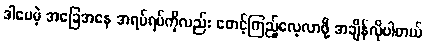
ဒါပေမဲ့ အခြေအနေ အရပ်ရပ်ကိုလည်း စောင့်ကြည့်လေ့လာဖို့ အချိန်လိုပါတယ်